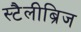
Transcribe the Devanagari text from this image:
स्टैलीब्रिज